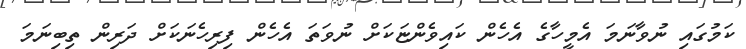
ކަމުގައި ނުވާނަމަ އެމީހާގެ އެހެން ކައިވެންޏަކަށް ނުވަތަ އެހެން ފިރިހެނަކަށް ދަރިން ތިބިނަމަ